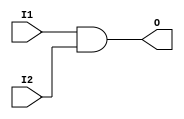
module libhdl_and2
(   output wire O,
    input  wire I1,
    input  wire I2);

assign O = I1 & I2;

endmodule